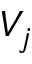
V _ { j }